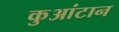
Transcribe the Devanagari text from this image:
कुआंटान